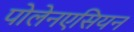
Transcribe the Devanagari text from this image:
पोलेनएसियन